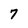
Character: 7